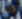
تلك